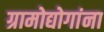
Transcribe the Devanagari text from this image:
ग्रामोद्योगांना